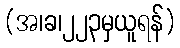
(အ၊ခ၊၂၂၃မှယူရန်)